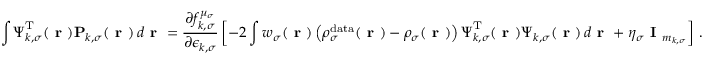
\int \boldsymbol { \Psi } _ { k , \sigma } ^ { \mathrm { T } } ( \boldsymbol { \textbf { r } } ) \mathbf { P } _ { k , \sigma } ( \boldsymbol { \textbf { r } } ) \, d \boldsymbol { \textbf { r } } = \frac { \partial f _ { k , \sigma } ^ { \mu _ { \sigma } } } { \partial \epsilon _ { k , \sigma } } \left[ - 2 \int w _ { \sigma } ( \boldsymbol { \textbf { r } } ) \left( \rho _ { \sigma } ^ { \mathrm { d a t a } } ( \boldsymbol { \textbf { r } } ) - \rho _ { \sigma } ( \boldsymbol { \textbf { r } } ) \right) \boldsymbol { \Psi } _ { k , \sigma } ^ { \mathrm { T } } ( \boldsymbol { \textbf { r } } ) \boldsymbol { \Psi } _ { k , \sigma } ( \boldsymbol { \textbf { r } } ) \, d \boldsymbol { \textbf { r } } + \eta _ { \sigma } \textbf { I } _ { m _ { k , \sigma } } \right] \, .